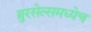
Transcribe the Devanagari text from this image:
ब्रुरसेल्समध्येच